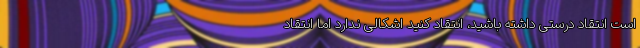
است انتقاد درستی داشته باشید، انتقاد کنید اشکالی ندارد اما انتقاد